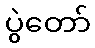
ပွဲတော်